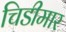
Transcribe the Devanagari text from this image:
चिडीमार